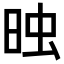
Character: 𣆣